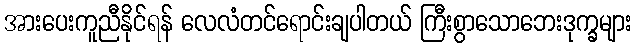
အားပေးကူညီနိုင်ရန် လေလံတင်ရောင်းချပါတယ် ကြီးစွာသောဘေးဒုက္ခများ